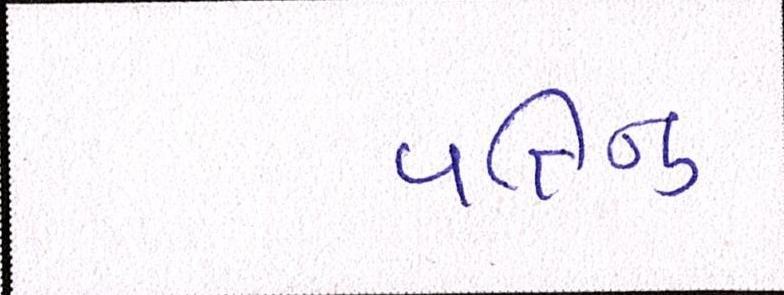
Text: પતિનું